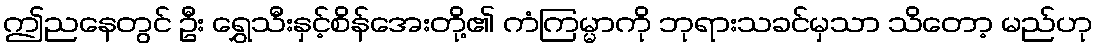
ဤညနေတွင် ဦး ရွှေသီးနှင့်စိန်အေးတို့၏ ကံကြမ္မာကို ဘုရားသခင်မှသာ သိတော့ မည်ဟု